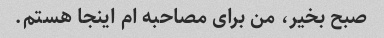
صبح بخیر، من برای مصاحبه ام اینجا هستم.